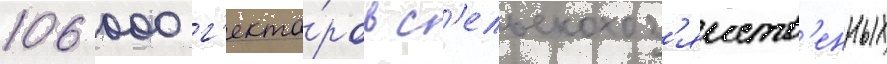
106 000 г'екта́ров с'ельскохоз'яиств'енных